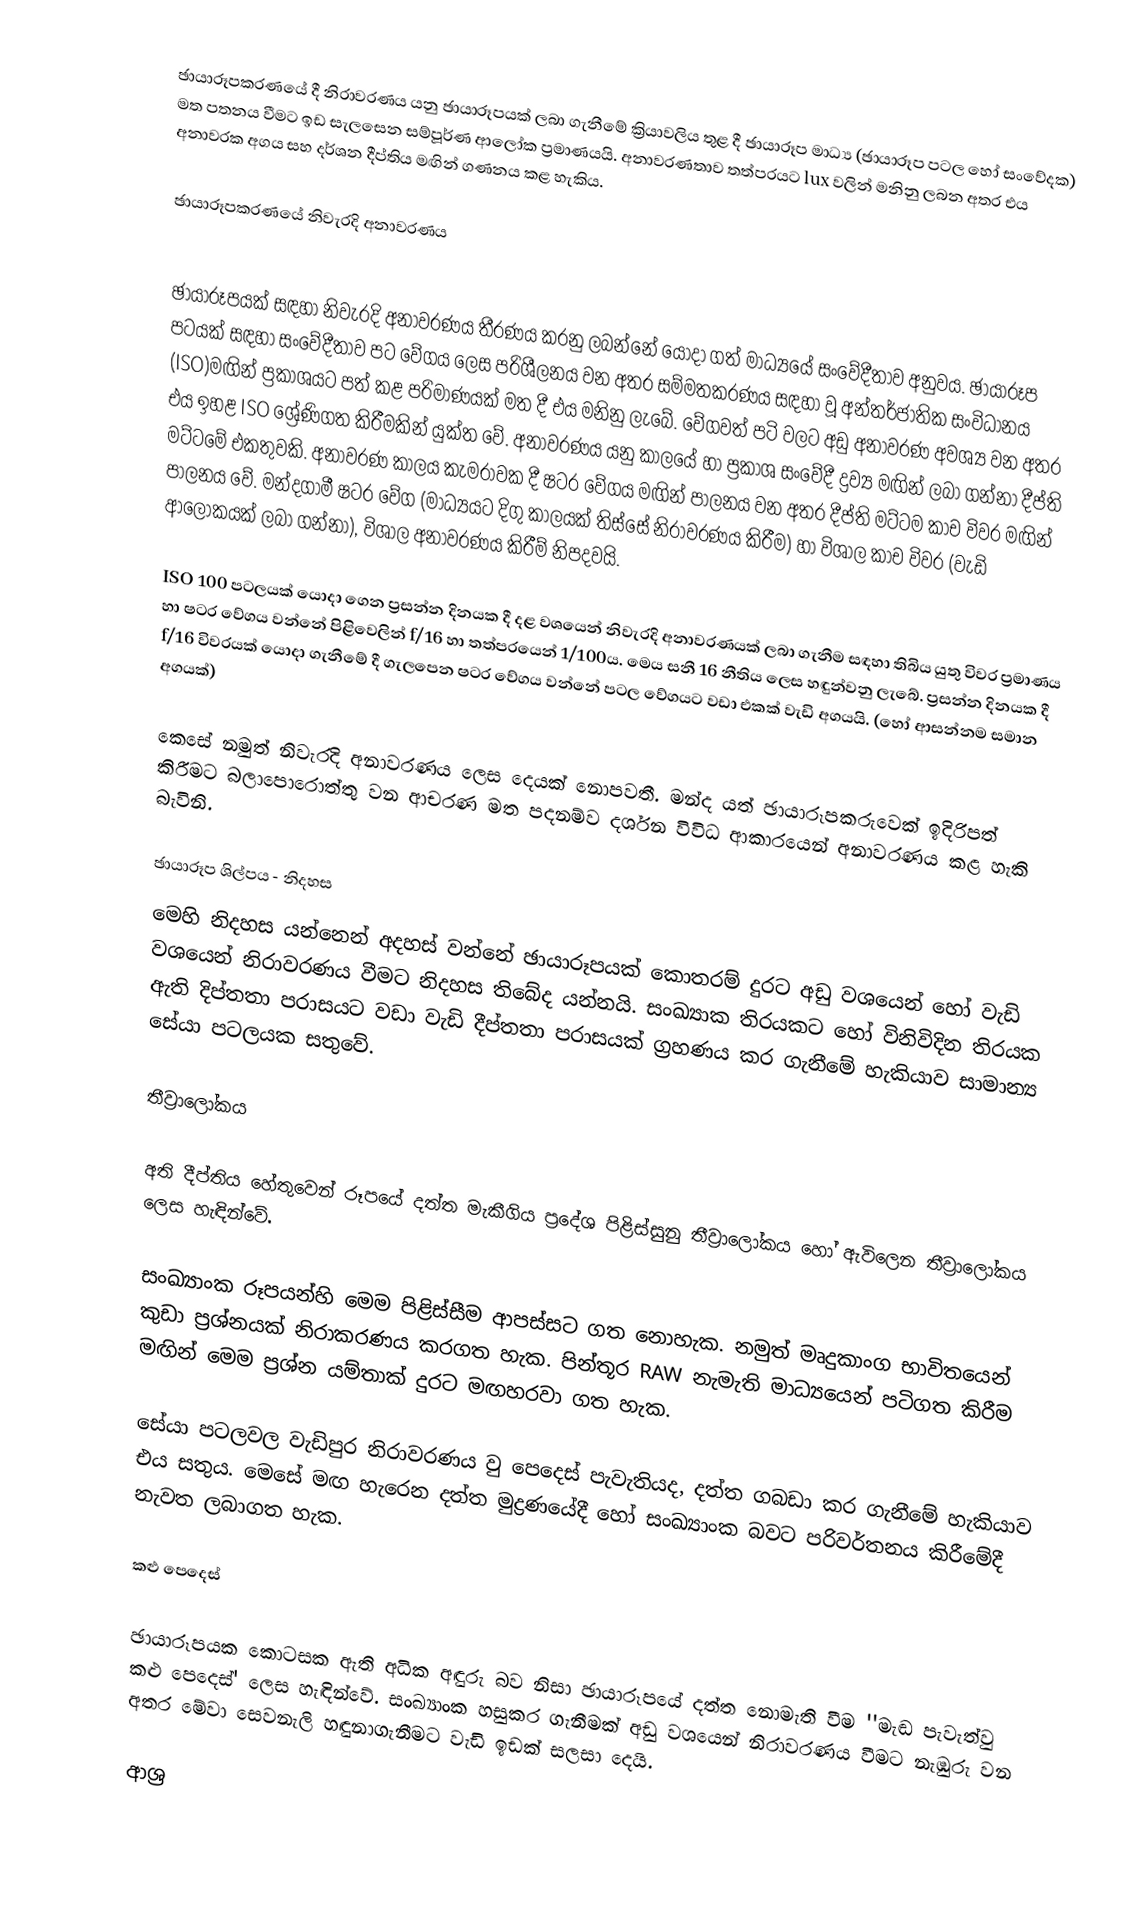
ඡායාරූපකරණයේ දී නිරාවරණය යනු ඡායාරූපයක් ලබා ගැනීමේ ක්‍රියාවලිය තුළ දී ඡායාරූප මාධ්‍ය (ඡායාරූප පටල හෝ සංවේදක) මත පතනය වීමට ඉඩ සැලසෙන සම්පූර්ණ ආලෝක ප්‍රමාණයයි. අනාවරණතාව තත්පරයට lux වලින් මනිනු ලබන අතර එය අනාවරක අගය සහ දර්ශන දීප්තිය මඟින් ගණනය කළ හැකිය.

ඡායාරූපකරණයේ නිවැරදි අනාවරණය

ඡායාරූපයක් සඳහා නිවැරදි අනාවරණය තීරණය කරනු ලබන්නේ යොදා ගත් මාධ්‍යයේ සංවේදීතාව අනුවය. ඡායාරූප පටයක් සඳහා සංවේදීතාව පට වේගය ලෙස පරිශීලනය වන අතර සම්මතකරණය සඳහා වූ අන්තර්ජාතික සංවිධානය (ISO)මඟින් ප්‍රකාශයට පත් කළ පරිමාණයක් මත දී එය මනිනු ලැබේ. වේගවත් පටි වලට අඩු අනාවරණ අවශ්‍ය වන අතර එය ඉහළ ISO ශ්‍රේණිගත කිරීමකින් යුක්ත වේ. අනාවරණය යනු කාලයේ හා ප්‍රකාශ සංවේදී ද්‍රව්‍ය මඟින් ලබා ගන්නා දීප්ති මට්ටමේ එකතුවකි. අනාවරණ කාලය කැමරාවක දී ෂටර වේගය මඟින් පාලනය වන අතර දීප්ති මට්ටම කාච විවර මඟින් පාලනය වේ. මන්දගාමී ෂටර වේග (මාධ්‍යයට දිගු කාලයක් තිස්සේ නිරාවරණය කිරීම) හා විශාල කාච විවර (වැඩි ආලෝකයක් ලබා ගන්නා), විශාල අනාවරණය කිරීම් නිපදවයි.

ISO 100 පටලයක් යොදා ගෙන ප්‍රසන්න දිනයක දී දළ වශයෙන් නිවැරදි අනාවරණයක් ලබා ගැනීම සඳහා තිබිය යුතු විවර ප්‍රමාණය හා ෂටර වේගය වන්නේ පිළිවෙලින් f/16 හා තත්පරයෙන් 1/100ය. මෙය සනී 16 නීතිය ලෙස හඳුන්වනු ලැබේ. ප්‍රසන්න දිනයක දී f/16 විවරයක් යොදා ගැනීමේ දී ගැලපෙන ෂටර වේගය වන්නේ පටල වේගයට වඩා එකක් වැඩි අගයයි. (හෝ ආසන්නම සමාන අගයක්)

කෙසේ නමුත් නිවැරදි අනාවරණය ලෙස දෙයක් නොපවතී. මන්ද යත් ඡායාරූපකරුවෙක් ඉදිරිපත් කිරීමට බලාපොරොත්තු වන ආචරණ මත පදනම්ව දර්ශන විවිධ ආකාරයෙන් අනාවරණය කළ හැකි බැවිනි.

ඡායාරූප ශිල්පය - නිදහස
මෙහි නිදහස යන්නෙන් අදහස් වන්නේ ඡායාරූපයක් කොතරම් දුරට අඩු වශයෙන් හෝ වැඩි වශයෙන් නිරාවරණය වීමට නිදහස තිබේද යන්නයි. සංඛ්‍යාක තිරයකට හෝ විනිවිදින තිරයක ඇති දිප්තතා පරාසයට වඩා වැඩි දීප්තතා පරාසයක් ග්‍රහණය කර ගැනීමේ හැකියාව සාමාන්‍ය සේයා පටලයක සතුවේ.

තීව්‍රා‍ලෝකය

අති දීප්තිය හේතුවෙන් රූපයේ දත්ත මැකීගිය ප්‍රදේශ පිළිස්සුනු තීව්‍රාලෝකය ‍හෝ ඇවිලෙන තීව්‍රාලෝකය ලෙස හැඳින්වේ.

සංඛ්‍යාංක රූපයන්හි මෙම පිළිස්සීම ආපස්සට ගත නොහැක. නමුත් මෘදුකාංග භාවිතයෙන් කුඩා ප්‍රශ්නයක් නිරාකරණය කරගත හැක. පින්තූර RAW නැමැති මාධ්‍යයෙන් පටිගත කිරීම මඟින් මෙම ප්‍රශ්න යම්තාක් දුරට මඟහරවා ගත හැක.

සේයා පටලවල වැඩිපුර නිරාවරණය වු පෙදෙස් පැවැතියද, දත්ත ගබඩා කර ගැනීමේ හැකියාව එය සතුය. මෙසේ මඟ හැරෙන දත්ත මුද්‍රණයේදී හෝ සංඛ්‍යාංක බවට පරිවර්තනය කිරීමේදී නැවත ලබාගත හැක.

කළු පෙදෙස්

ඡායාරූපයක කොටසක ඇති අධික අඳුරු බව නිසා ඡායාරූපයේ දත්ත නොමැති වීම ''මැඬ පැවැත්වු කළු පෙදෙස්' ‍ලෙස හැඳින්වේ. සංඛ්‍යාංක හසුකර ගැනීමක් අඩු වශයෙන් නිරාවරණය වීමට නැඹුරු වන අතර මේවා සෙවනැලි හඳුනාගැනීමට වැඩි ඉඩක් සලසා දෙයි.

ආශ්‍ර